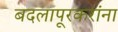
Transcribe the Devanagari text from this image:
बदलापूरकरांना